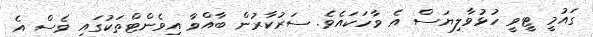
ގައުމީ ޓީވީ ހުޅުވާލިޔަސް އެ ވާހަކައެވެ. ސަރުކާރުން ބާއްވާ އިވެންޓްތަކުގައި ވެސް އެ